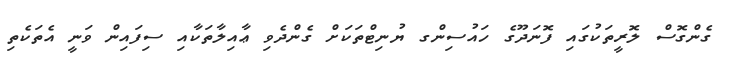
ގެންގޮސް ލޮރީތަކުގައި ފޮނަދޫގެ ހައުސިންގ ޔުނިޓްތަކަށް ގެންދެވި ޢާއިލާތަކާއި ސިފައިން ވަނީ އެތަކެތި